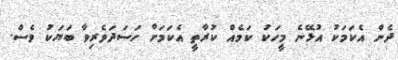
ދެން އެކަމަކު އުޅޭނެ މީހަކު ކަމެއް ކުރާތީ އެކަމަށް ހަސަދަވެރިވާ ބަޔަކު ވެސް.